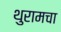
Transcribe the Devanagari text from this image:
थुरामचा